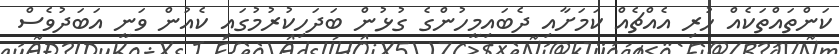
ކަންތައްތަކެއް ހުރި އެއްޗެއް ކަމަށާއި ދެބައިމީހުންގެ ގުޅުން ބަދަހިކުރުމުގައި ކެއުން ވަނީ އަބަދުވެސް